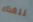
للغذاء